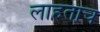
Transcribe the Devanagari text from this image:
लाहताच